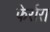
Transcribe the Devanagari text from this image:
फेर्रारा